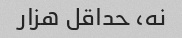
نه، حداقل هزار